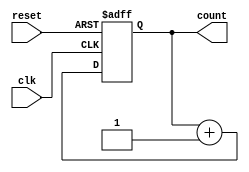
module MemoryBlocksBinaryCounter #(parameter N = 4) (
    input wire clk,        // Clock input
    input wire reset,      // Reset input
    output reg [N-1:0] count // N-bit output count
);

    // Synchronous reset and counting behavior
    always @(posedge clk or posedge reset) begin
        if (reset) begin
            count <= 0; // Reset the count to zero
        end else begin
            count <= count + 1; // Increment count
        end
    end

endmodule